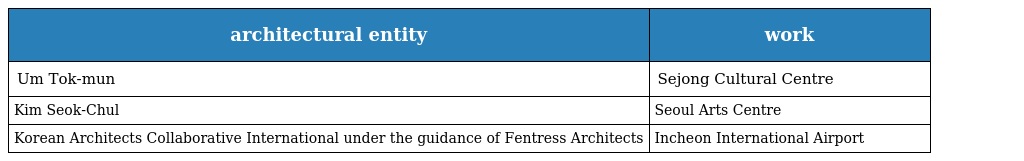
| architectural entity | work |
 | --- | --- |
 | Um Tok-mun | Sejong Cultural Centre |
 | Kim Seok-Chul | Seoul Arts Centre |
 | Korean Architects Collaborative International under the guidance of Fentress Architects | Incheon International Airport |